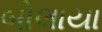
બોલાયા